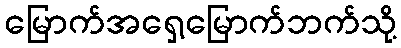
မြောက်အရှေ့မြောက်ဘက်သို့